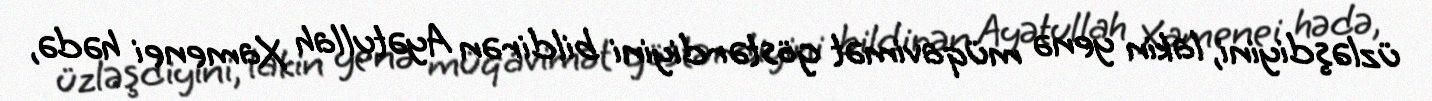
üzləşdiyini, lakin yenə müqavimət göstərdiyini bildirən Ayətullah Xamenei hədə,